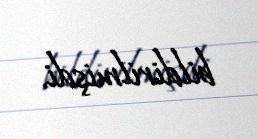
bildirilmişdi.